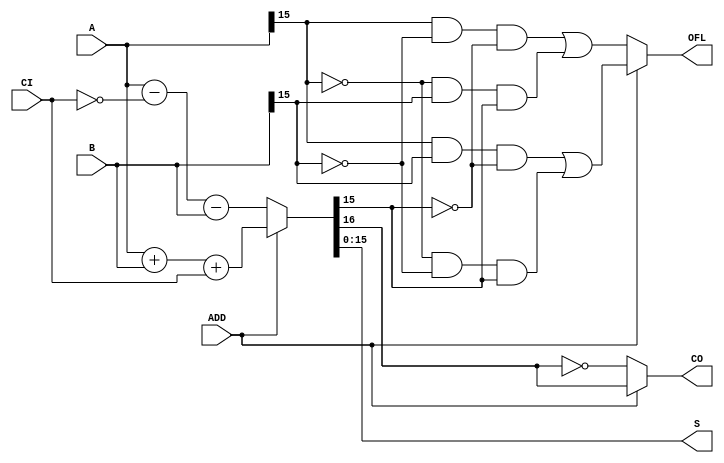
////////////////////////////////////////////////////////////////////////////////
// Copyright (c) 1995-2008 Xilinx, Inc.  All rights reserved.
////////////////////////////////////////////////////////////////////////////////
//   ____  ____ 
//  /   /\/   / 
// /___/  \  /    Vendor: Xilinx 
// \   \   \/     Version : 10.1.03
//  \   \         Application : sch2verilog
//  /   /         Filename : ADDSUB48.vf
// /___/   /\     Timestamp : 03/20/2009 16:03:16
// \   \  /  \ 
//  \___\/\___\ 
//
//Command: C:\Xilinx\10.1\ISE\bin\nt\unwrapped\sch2verilog.exe -intstyle ise -family spartan3a -w F:/FPGA/AFG3000_0316_New/ADDSUB48.sch ADDSUB48.vf
//Design Name: ADDSUB48
//Device: spartan3a
//Purpose:
//    This verilog netlist is translated from an ECS schematic.It can be 
//    synthesized and simulated, but it should not be modified. 
//
`timescale  100 ps / 10 ps

module ADSU16_HXILINX_ADDSUB48 (CO, OFL, S, A, ADD, B, CI);

   
   output             CO;
   output             OFL;
   output [15:0]      S;

   input  [15:0]      A;
   input  	      ADD;
   input  [15:0]      B;
   input              CI;

   reg    [16:0]      adsu_tmp;  

   always @ (A, ADD, B, CI) 
   begin
      if(ADD)
         adsu_tmp = A + B + CI;
      else
         adsu_tmp = A - (!CI) - B;
   end

   assign S   =  adsu_tmp[15:0];
   assign CO  =  ADD ? adsu_tmp[16] : ~adsu_tmp[16];
   assign OFL =  ADD ? ( (A[15] & B[15] & (~S[15])) | ((~A[15]) & (~B[15]) & S[15]) ) : ( (A[15] & (~B[15]) & (~S[15])) | ((~A[15]) & B[15] & S[15]) );

endmodule
`timescale 1ns / 1ps

module ADDSUB48(A, 
                ADD, 
                B, 
                CI, 
                CO, 
                OFL, 
                S);

    input [47:0] A;
    input ADD;
    input [47:0] B;
    input CI;
   output CO;
   output OFL;
   output [47:0] S;
   
   wire XLXN_5;
   wire XLXN_9;
   
   ADSU16_HXILINX_ADDSUB48 XLXI_1 (.A(A[15:0]), 
                                   .ADD(ADD), 
                                   .B(B[15:0]), 
                                   .CI(CI), 
                                   .CO(XLXN_5), 
                                   .OFL(), 
                                   .S(S[15:0]));
   // synthesis attribute HU_SET of XLXI_1 is "XLXI_1_0"
   ADSU16_HXILINX_ADDSUB48 XLXI_2 (.A(A[31:16]), 
                                   .ADD(ADD), 
                                   .B(B[31:16]), 
                                   .CI(XLXN_5), 
                                   .CO(XLXN_9), 
                                   .OFL(), 
                                   .S(S[31:16]));
   // synthesis attribute HU_SET of XLXI_2 is "XLXI_2_1"
   ADSU16_HXILINX_ADDSUB48 XLXI_3 (.A(A[47:32]), 
                                   .ADD(ADD), 
                                   .B(B[47:32]), 
                                   .CI(XLXN_9), 
                                   .CO(CO), 
                                   .OFL(OFL), 
                                   .S(S[47:32]));
   // synthesis attribute HU_SET of XLXI_3 is "XLXI_3_2"
endmodule